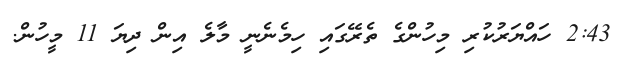
2:43 ހައްޔަރުކުރި މިހުންގެ ތެރޭގައި ހިމެނެނީ މާލެ އިން ދިޔަ 11 މީހުން.